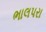
ભાલપરા